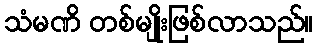
သံမဏိ တစ်မျိုးဖြစ်လာသည်။